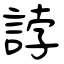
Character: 誖